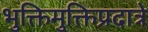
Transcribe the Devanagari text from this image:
भुक्तिमुक्तिप्रदात्रे